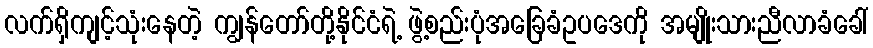
လက်ရှိကျင့်သုံးနေတဲ့ ကျွန်တော်တို့နိုင်ငံရဲ့ ဖွဲ့စည်းပုံအခြေခံဥပဒေကို အမျိုးသားညီလာခံခေါ်